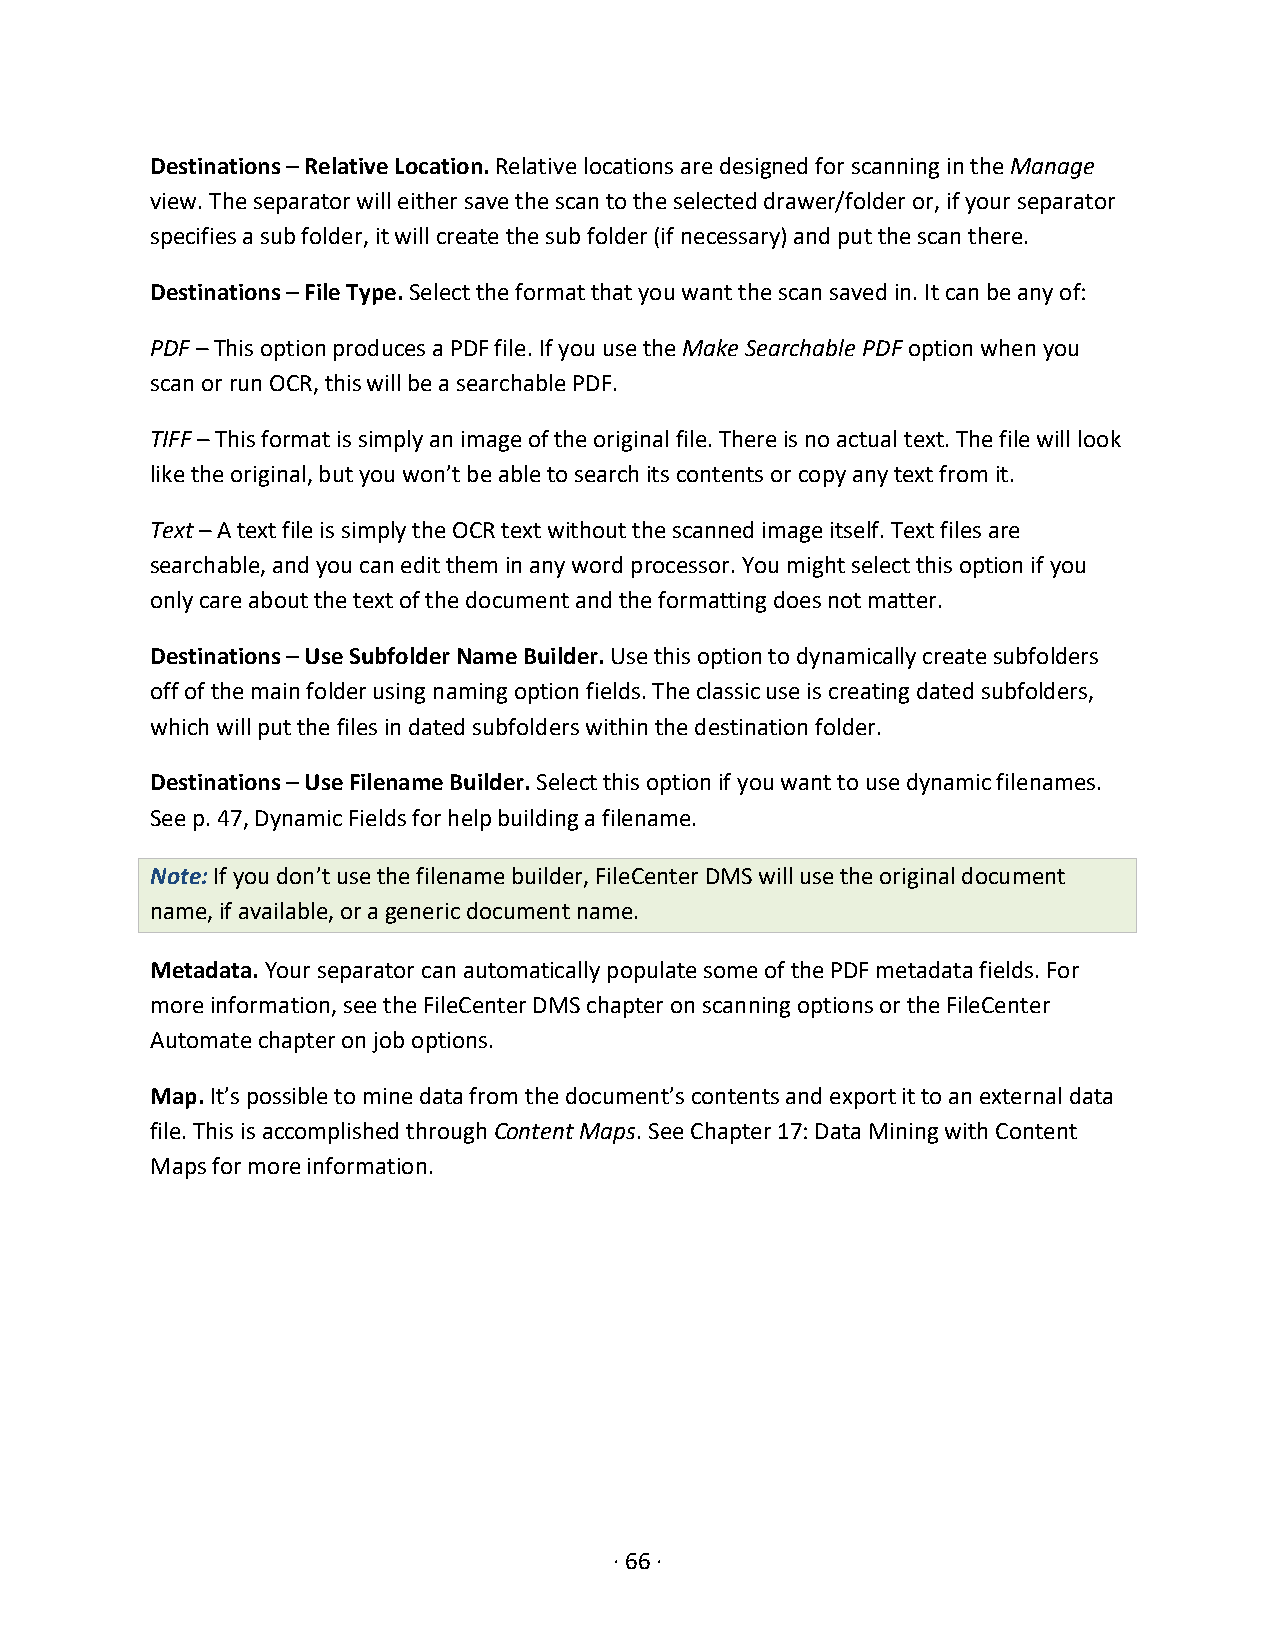
Destinations – Relative Location. Relative locations are designed for scanning in the Manage
 view. The separator will either save the scan to the selected drawer/folder or, if your separator
 specifies a sub folder, it will create the sub folder (if necessary) and put the scan there.
 Destinations – File Type. Select the format that you want the scan saved in. It can be any of:
 PDF – This option produces a PDF file. If you use the Make Searchable PDF option when you
 scan or run OCR, this will be a searchable PDF.
 TIFF – This format is simply an image of the original file. There is no actual text. The file will look
 like the original, but you won’t be able to search its contents or copy any text from it.
 Text – A text file is simply the OCR text without the scanned image itself. Text files are
 searchable, and you can edit them in any word processor. You might select this option if you
 only care about the text of the document and the formatting does not matter.
 Destinations – Use Subfolder Name Builder. Use this option to dynamically create subfolders
 off of the main folder using naming option fields. The classic use is creating dated subfolders,
 which will put the files in dated subfolders within the destination folder.
 Destinations – Use Filename Builder. Select this option if you want to use dynamic filenames.
 See p. 47, Dynamic Fields for help building a filename.
 Note: If you don’t use the filename builder, FileCenter DMS will use the original document
 name, if available, or a generic document name.
 Metadata. Your separator can automatically populate some of the PDF metadata fields. For
 more information, see the FileCenter DMS chapter on scanning options or the FileCenter
 Automate chapter on job options.
 Map. It’s possible to mine data from the document’s contents and export it to an external data
 file. This is accomplished through Content Maps. See Chapter 17: Data Mining with Content
 Maps for more information.
 · 66 ·